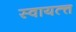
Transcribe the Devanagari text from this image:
स्वायत्त्त